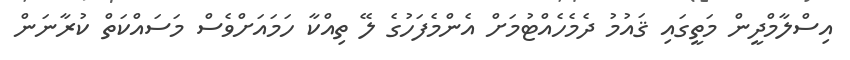
އިސްލާމްދީން މަތީގައި ޤައުމު ދެމެހެއްޓުމަށް އެންމެފަހުގެ ލޭ ތިއްކާ ހަމައަށްވެސް މަސައްކަތް ކުރާނަން